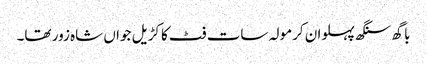
باگھ سنگھ پہلوان کرمولہ سات فٹ کا کڑیل جواں شاہ زور تھا۔